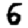
Digit: 6